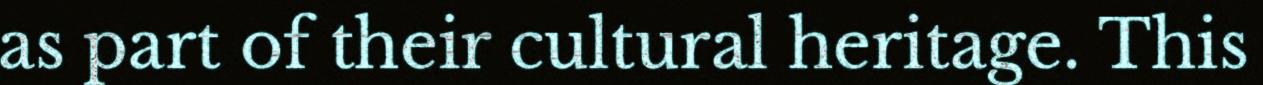
as part of their cultural heritage. This